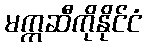
မက္ကဆီကိုနိုင်ငံ